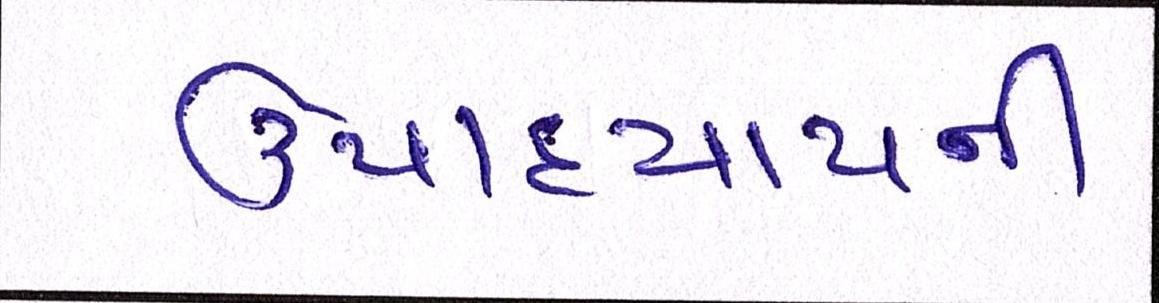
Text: ઉપાધ્યાયની